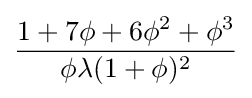
{\frac {1+7\phi +6\phi ^{2}+\phi ^{3}}{\phi \lambda (1+\phi )^{2}}}